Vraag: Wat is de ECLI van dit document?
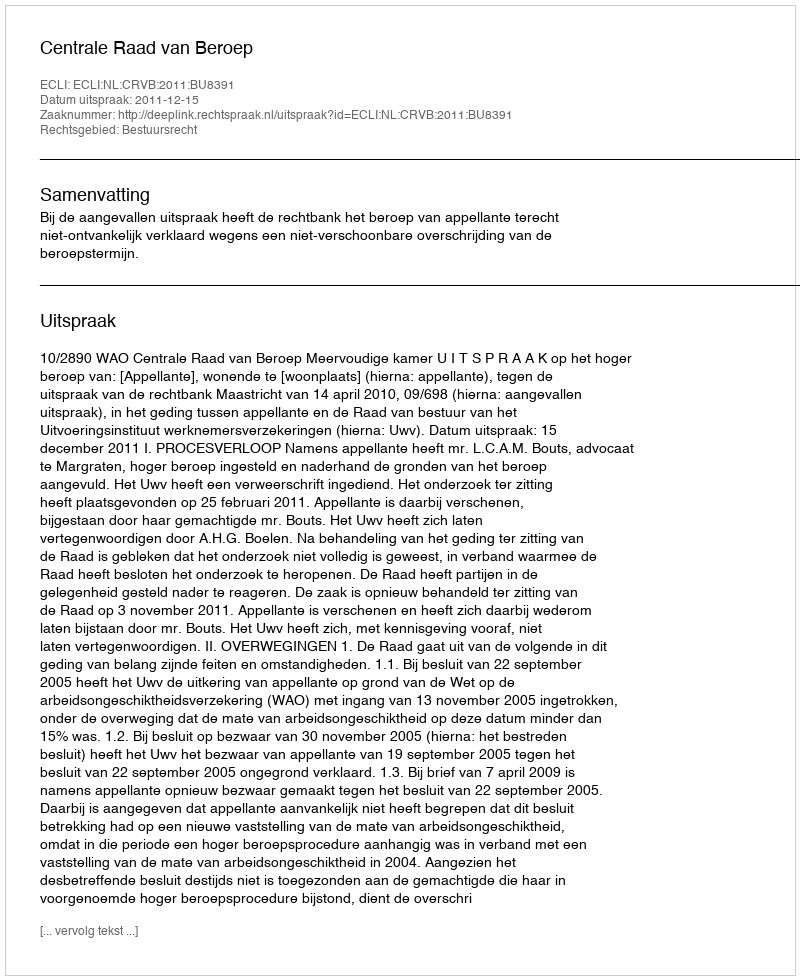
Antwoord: ECLI:NL:CRVB:2011:BU8391